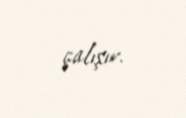
çalışır.